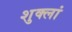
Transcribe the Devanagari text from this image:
शुक्लां